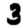
Digit: 3